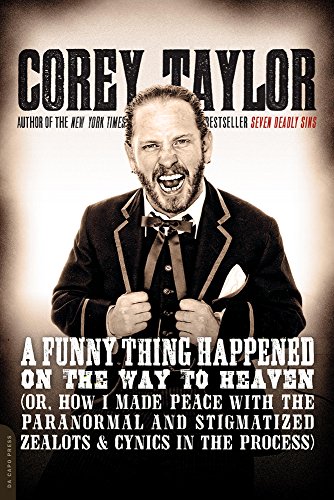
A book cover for A Funny Thing Happened on the Way to Heaven: (Or, How I Made Peace with the Paranormal and Stigmatized Zealots and Cynics in the Process); Corey Taylor; Biographies & Memoirs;